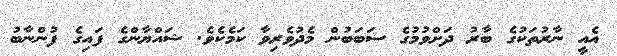
އެއީ ނާރުތަކުގެ ބާރު ދަށްވުމުގެ ސަބަބުން މެދުވެރިވާ ކަމެކެވެ. ޝައްޔާންގެ ފައިގެ ފުންނާބު